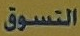
التسوق